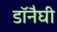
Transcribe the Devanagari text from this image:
डॉनैघी